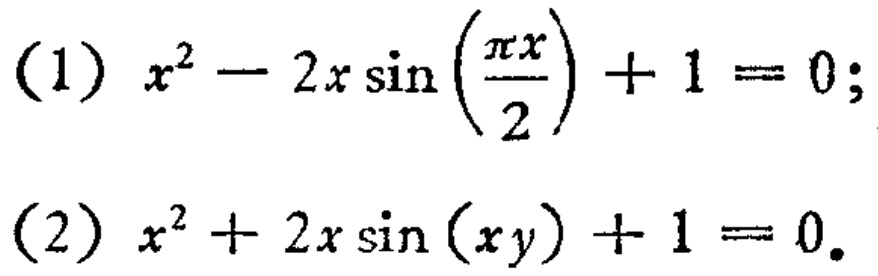
(1) \(x^{2}-2x\sin\left(\frac{\pi x}{2}\right)+1 = 0\);
(2) \(x^{2}+2x\sin(xy)+1 = 0\).